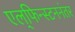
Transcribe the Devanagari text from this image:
एल्‌फिन्स्टननंतर